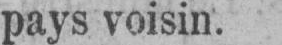
pays voisin.